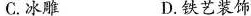
C.冰雕 D.铁艺装饰